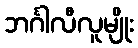
ဘင်္ဂါလီလူမျိုး